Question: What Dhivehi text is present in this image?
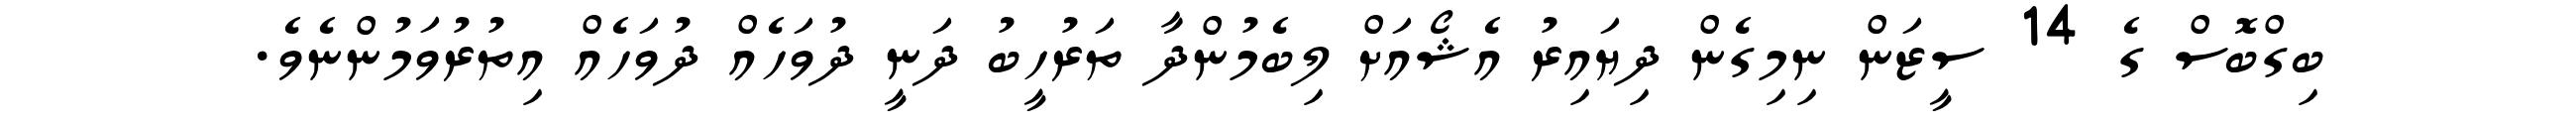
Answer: ބިގްބޮސް ގެ 14 ސީޒަން ނިމިގެން ދިޔައިރު އެޝޯއަށް ލިބެމުންދާ ތަރުހީބު ދަނީ ދުވަހެއް ދުވަހެއް އިތުރުވަމުންނެވެ.